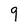
Character: 9